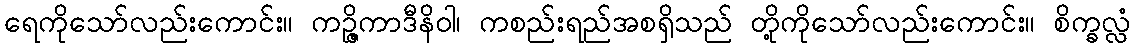
ရေကိုသော်လည်းကောင်း။ ကဉ္ဇိကာဒီနိဝါ၊ ကစည်းရည်အစရှိသည် တို့ကိုသော်လည်းကောင်း။ စိက္ခလ္လံ